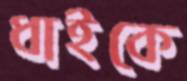
ধাইকে